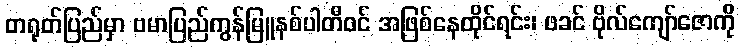
တရုတ်ပြည်မှာ ဗမာပြည်ကွန်မြူနစ်ပါတီဝင် အဖြစ်နေထိုင်ရင်း၊ ဖခင် ဗိုလ်ကျော်ဇောကို